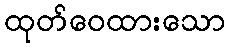
ထုတ်ဝေထားသော